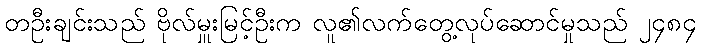
တဦးချင်းသည် ဗိုလ်မှူးမြင့်ဦးက လူ၏လက်တွေ့လုပ်ဆောင်မှုသည် ၂၄၈၄